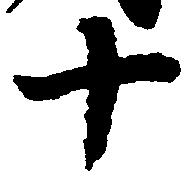
十